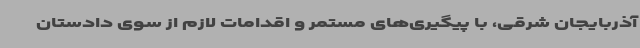
آذربایجان شرقی، با پیگیری‌های مستمر و اقدامات لازم از سوی دادستان